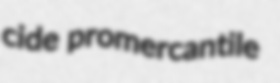
cide promercantile